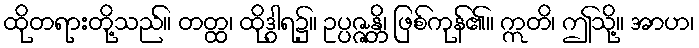
ထိုတရားတို့သည်။ တတ္ထ၊ ထိုဒွါရ၌။ ဥပ္ပဇ္ဇန္တိ၊ ဖြစ်ကုန်၏။ ဣတိ၊ ဤသို့။ အာဟ၊